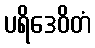
ပရိဒေဝိတံ